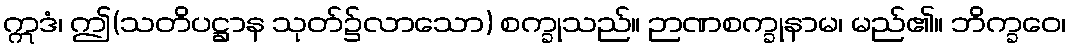
ဣဒံ၊ ဤ(သတိပဋ္ဌာန သုတ်၌လာသော) စက္ခုသည်။ ဉာဏစက္ခုနာမ၊ မည်၏။ ဘိက္ခဝေ၊